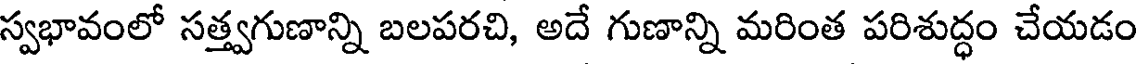
స్వభావంలో సత్త్వగుణాన్ని బలపరచి, అదే గుణాన్ని మరింత పరిశుద్ధం చేయడం